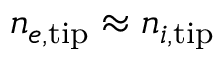
n _ { e , \mathrm { t i p } } \approx n _ { i , \mathrm { t i p } }